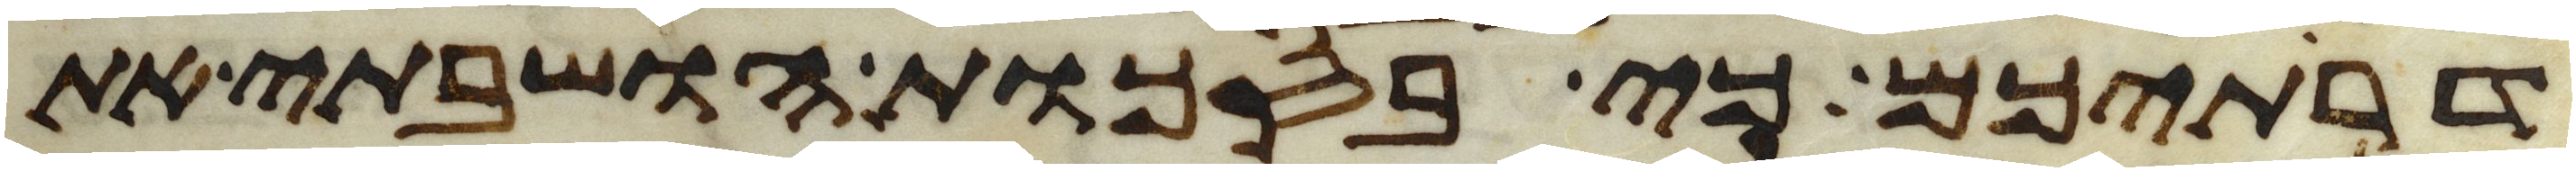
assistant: דרתיכם כי בסכות הושבתי את